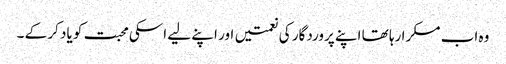
وہ اب مسکرا رہا تھا اپنے پروردگار کی نعمتیں اور اپنے لیے اسکی محبت کو یاد کر کے ۔